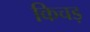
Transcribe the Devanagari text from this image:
किचड़